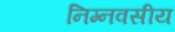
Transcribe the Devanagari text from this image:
निम्नवसीय